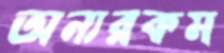
অন্যরকম